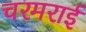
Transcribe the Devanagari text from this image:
चरमराई